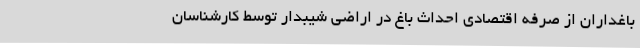
باغداران از صرفه اقتصادی احداث باغ در اراضی شیبدار توسط کارشناسان